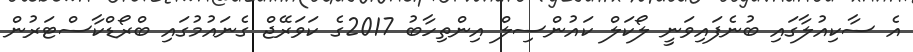
އެ ސާކިއުލާގައި ބުނެފައިވަނީ ލޯކަލް ކައުންސިލް އިންތިހާބު 2017ގެ ކަވަރޭޖް ގެނައުމުގައި ބްރޯޑްކާސްޓަރުން